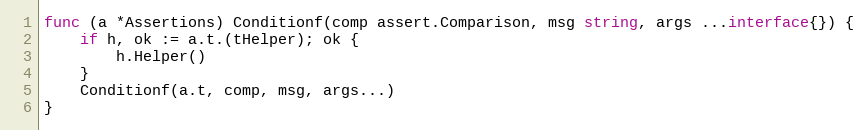
Language: Go
func (a *Assertions) Conditionf(comp assert.Comparison, msg string, args ...interface{}) {
	if h, ok := a.t.(tHelper); ok {
		h.Helper()
	}
	Conditionf(a.t, comp, msg, args...)
}